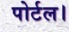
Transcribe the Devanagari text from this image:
पोर्टल।